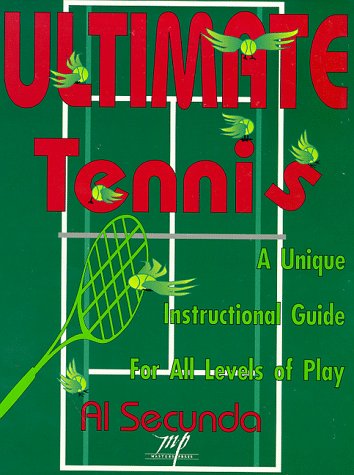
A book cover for Ultimate Tennis: The Pleasure Game; Al Secunda; Sports & Outdoors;